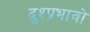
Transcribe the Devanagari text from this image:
दुश्प्रभावो